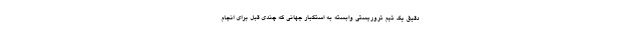
دقیق یک تیم تروریستی وابسته به استکبار جهانی که چندی قبل برای انجام